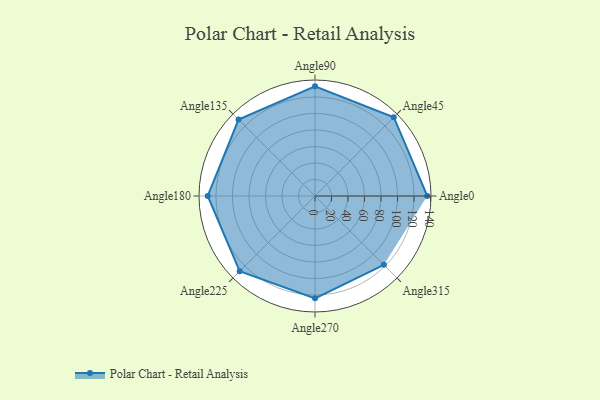
{"axis": {"x": "Angle", "y": "Radius"}, "legend": [""], "data": [{"x": "Angle0", "y": 136.0, "type": ""}, {"x": "Angle45", "y": 135.0, "type": ""}, {"x": "Angle90", "y": 133.0, "type": ""}, {"x": "Angle135", "y": 131.0, "type": ""}, {"x": "Angle180", "y": 130.0, "type": ""}, {"x": "Angle225", "y": 129.0, "type": ""}, {"x": "Angle270", "y": 124.0, "type": ""}, {"x": "Angle315", "y": 118.0, "type": ""}]}